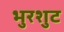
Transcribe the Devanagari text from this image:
भुरशुट